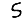
Digit: 5